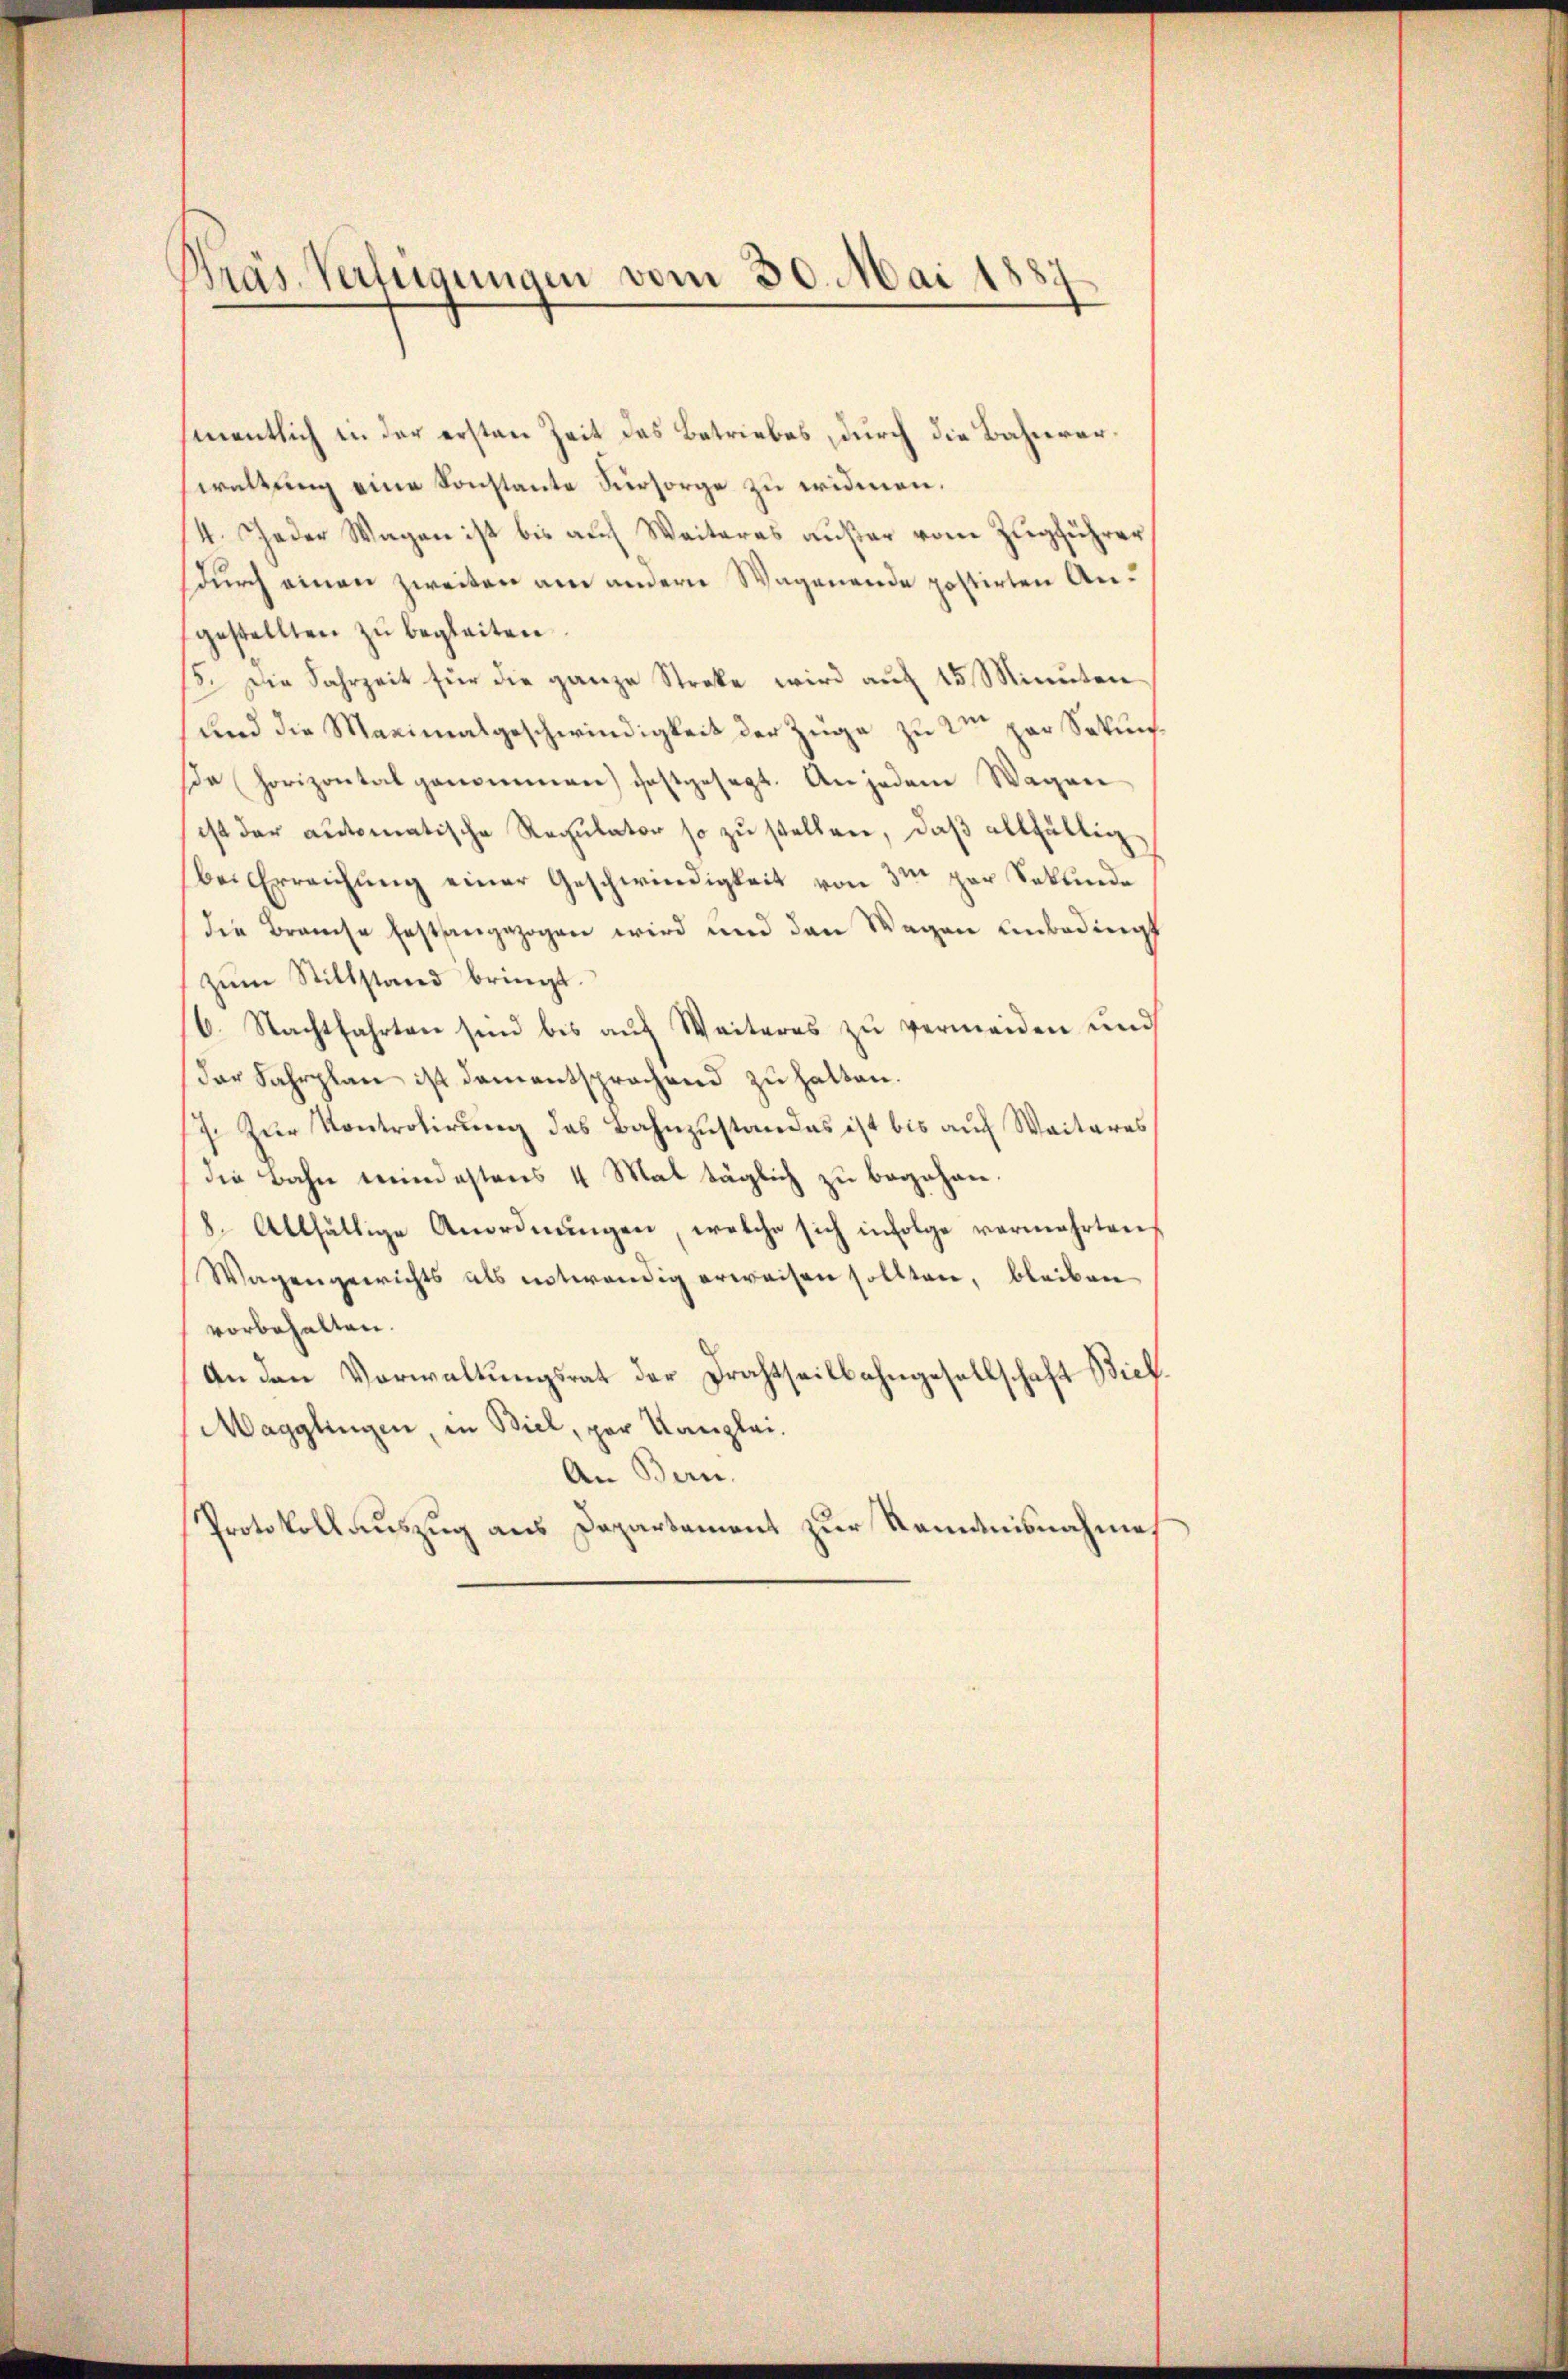
Präs. Verfügungen vom 30. Mai 1887

smentlich in der ersten Zeit des Betriebes, durch die Bahnverwaltung eine Sonstante Fürsorge zu eridmen.
4. Jeder Wagen ist bis auf Weiteres außer vom Zugführer
Durch einen zweiten am andern Wagenende postirten Angestellten zu begleiten.
15. Die Jahrzeit für die ganze Streke wird auf 15 Minuten
und die Maximalgeschwindigkeit der Züge zu den par Sekuna horizontal genommen) festgesagt. An jedem Wagen
ist der automatische Regulator so zu stellen, daß allfältig
bei Erreichung einer Geschwindigkeit von 3m par Sekunde
die Branche festangezogen wird und den Wagen unbedings
zŭm Stillstand bringt.
6. Nachtfahrten sind bis auf Weiteres zu vermeiden und
der Fahrplan ist damentsprachend zu halten.
/7. Zŭr Kontrolirŭng des Bahnzŭstandes ist bis aŭf Weiteres
die Bahn meindestens 4 Mat täglich zu begehan
8. Allfällige Anordnungen, welche sich infolge vermehrten,
Wagengerichts als notwendig erweisen sollten, bleiben
vorbehalten.
An den Vorwaltungsrat der Drahtheilbahngesellschaft Bick.
Magglingen, in Biel, par Kanzlei.
An Bern.
Protokollauszug aus Departement zur Kenntnisnahme